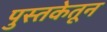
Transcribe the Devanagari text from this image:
पुस्तकेतून